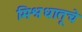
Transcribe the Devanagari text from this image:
मिश्रधातूचे